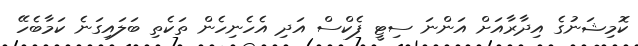
ކޮމިޝަނުގެ އިދާރާއަށް އަންނަ ސިޓީ ފެކްސް އަދި އެހެނިހެން ތަކެތި ބަލައިގަނެ ކަމާބެހޭ